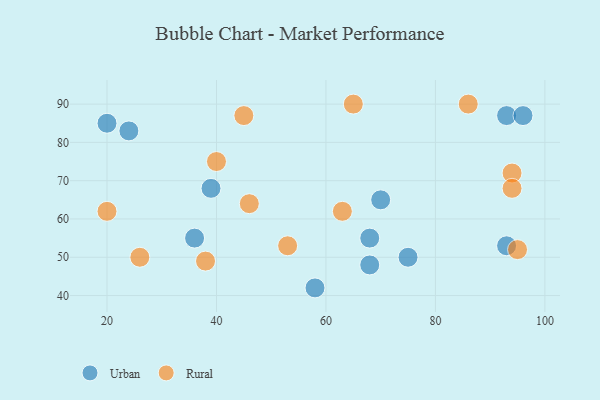
{"axis": {"x": "GDP", "y": "Life Expectancy"}, "legend": ["Rural", "Urban"], "data": [{"x": "93", "y": 53, "type": "Urban"}, {"x": "68", "y": 55, "type": "Urban"}, {"x": "20", "y": 85, "type": "Urban"}, {"x": "58", "y": 42, "type": "Urban"}, {"x": "24", "y": 83, "type": "Urban"}, {"x": "93", "y": 87, "type": "Urban"}, {"x": "36", "y": 55, "type": "Urban"}, {"x": "96", "y": 87, "type": "Urban"}, {"x": "68", "y": 48, "type": "Urban"}, {"x": "39", "y": 68, "type": "Urban"}, {"x": "75", "y": 50, "type": "Urban"}, {"x": "70", "y": 65, "type": "Urban"}, {"x": "38", "y": 49, "type": "Rural"}, {"x": "53", "y": 53, "type": "Rural"}, {"x": "40", "y": 75, "type": "Rural"}, {"x": "94", "y": 72, "type": "Rural"}, {"x": "46", "y": 64, "type": "Rural"}, {"x": "94", "y": 68, "type": "Rural"}, {"x": "86", "y": 90, "type": "Rural"}, {"x": "63", "y": 62, "type": "Rural"}, {"x": "65", "y": 90, "type": "Rural"}, {"x": "45", "y": 87, "type": "Rural"}, {"x": "26", "y": 50, "type": "Rural"}, {"x": "20", "y": 62, "type": "Rural"}, {"x": "95", "y": 52, "type": "Rural"}]}